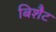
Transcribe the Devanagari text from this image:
बिशैट